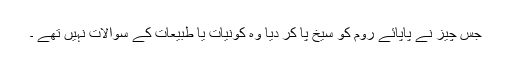
جس چیز نے پاپائے روم کو سیخ پا کر دیا وہ کونیات یا طبیعات کے سوالات نہیں تھے ۔